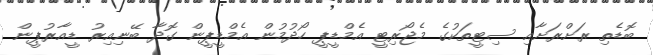
ބޮޑެތި ރަށްރަށާއި ސިޓީތަކުގެ މެޖޯރިޓީ އެމްޑީޕީ ހޯދުމުން އެމްޑީޕީން ގޮދާ ބޭނިއިރު ޑީއާރުޕީން